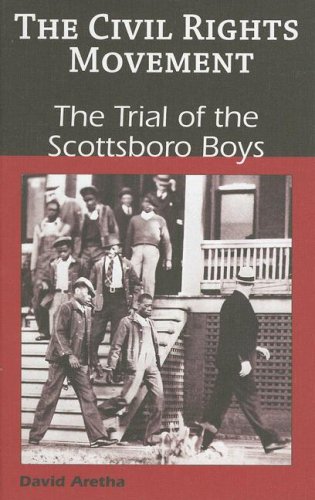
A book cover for The Trial of the Scottsboro Boys (Civil Rights Movement); David Aretha; Teen & Young Adult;